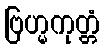
ဗြဟ္မကုတ္တံ